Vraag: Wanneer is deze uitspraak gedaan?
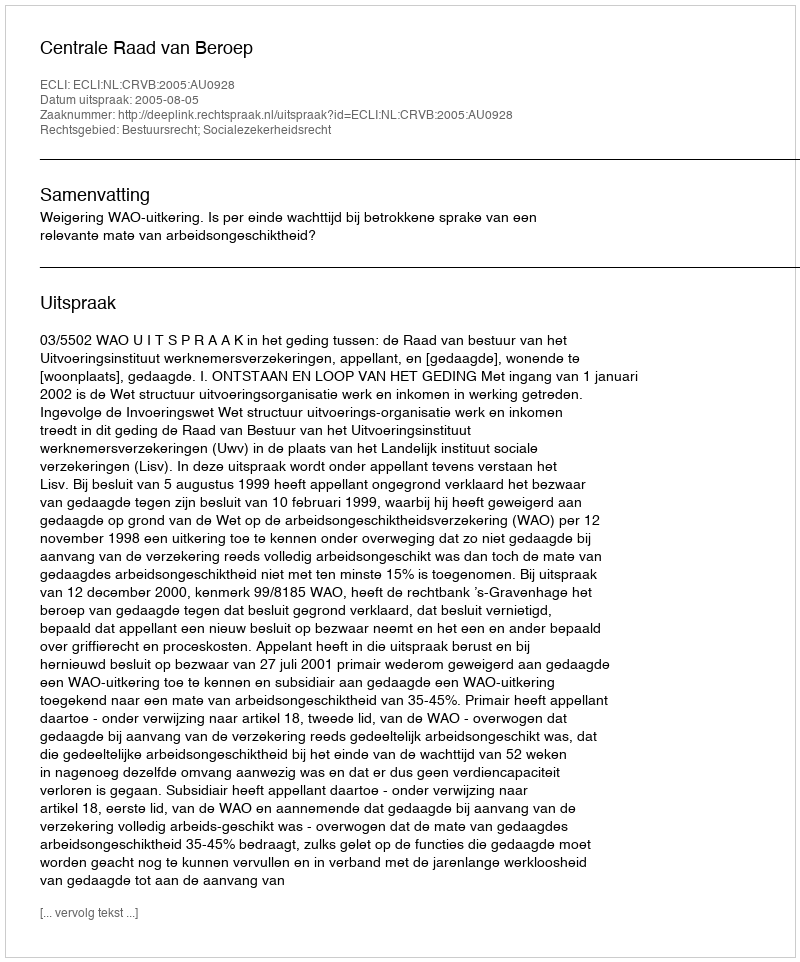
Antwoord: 2005-08-05